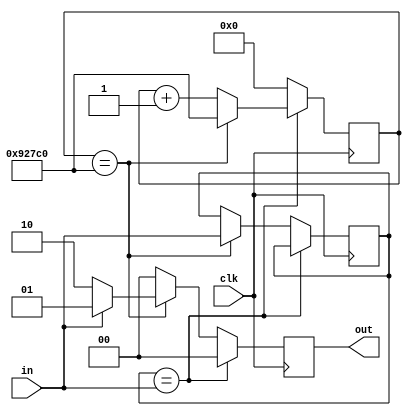
module Debouncer(clk, in, out);
    parameter frequency = 12_000_000;
    parameter waitTime = 0.05;

    localparam waitTicks = $rtoi(waitTime * frequency);

    input wire clk;
    input wire in;
    output reg [1 : 0] out;
    
    reg lastState = 0;
    reg [$clog2(waitTicks) - 1 : 0] counter = 0;
    
    always @(posedge clk) 
    begin
        if (lastState == in)
        begin
            counter <= (counter == waitTicks) ? waitTicks : counter + 1;
            out <= 0;
        end
        else
        begin
            counter <= 0;

            if (counter == waitTicks)
            begin
                lastState <= in;
                out <= (in == 1) ? 1 : 2;
            end
            else
                out <= 0;
        end
    end
endmodule